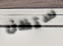
ستظن